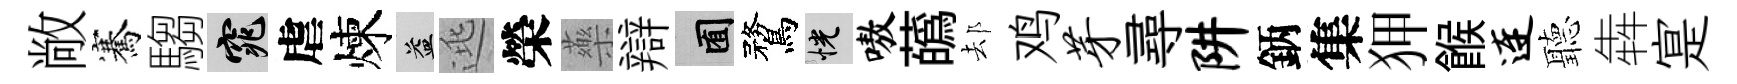
敞騫騶窕虐煉益逃榮藥辯囿鶩恍嗷蘤𨚫鸡芽尋阱鈵集狎餱连聽犇寔